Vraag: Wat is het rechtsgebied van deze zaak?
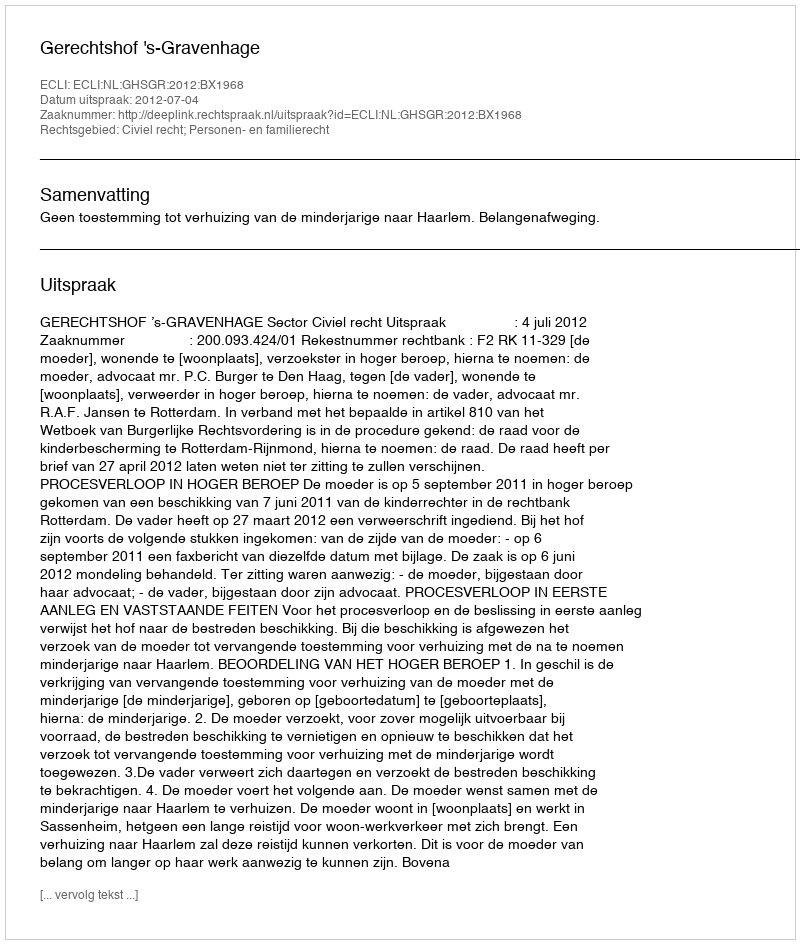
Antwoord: Civiel recht; Personen- en familierecht